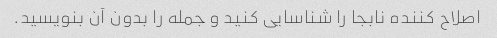
اصلاح کننده نابجا را شناسایی کنید و جمله را بدون آن بنویسید.